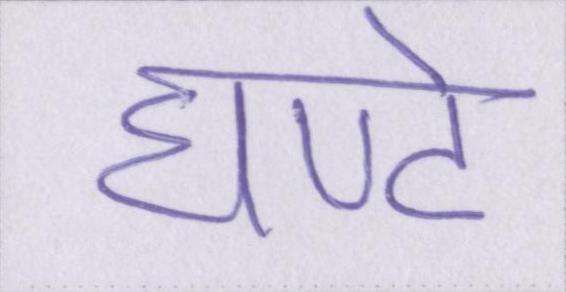
घण्टे